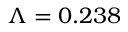
\Lambda = 0 . 2 3 8